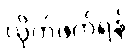
လိုက်ဖက်ရန်